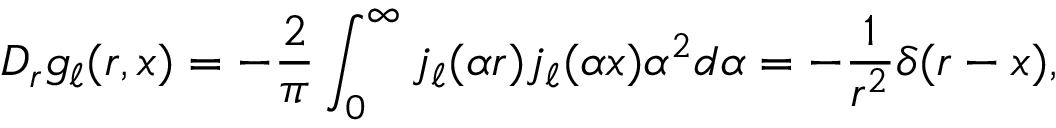
{ \cal D } _ { r } g _ { \ell } ( r , x ) = - \frac { 2 } { \pi } \int _ { 0 } ^ { \infty } j _ { \ell } ( { \alpha } r ) j _ { \ell } ( { \alpha } x ) { \alpha } ^ { 2 } d { \alpha } = - \frac { 1 } { r ^ { 2 } } { \delta } ( r - x ) ,